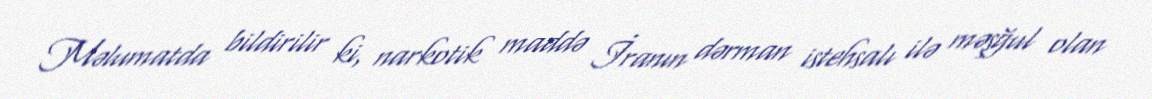
Məlumatda bildirilir ki, narkotik maddə İranın dərman istehsalı ilə məşğul olan